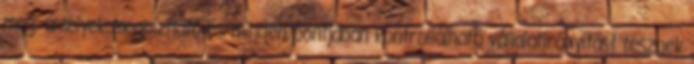
meg, amelyek megbízható és minden pontjában kontrollálható vállalatirányítást tesznek